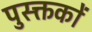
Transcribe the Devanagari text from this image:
पुस्क्तकों